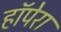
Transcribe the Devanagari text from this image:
हॉपेरा